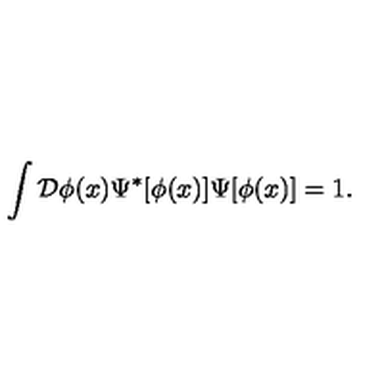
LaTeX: \int { \cal { D } } \phi ( x ) \Psi ^ { \ast } [ \phi ( x ) ] \Psi [ \phi ( x ) ] = 1 .